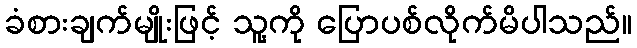
ခံစားချက်မျိုးဖြင့် သူ့ကို ပြောပစ်လိုက်မိပါသည်။